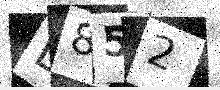
Text: D852